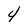
Character: 4